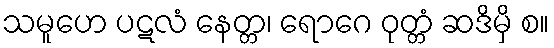
သမူဟေ ပဋလံ နေတ္တ၊ ရောဂေ ဝုတ္တံ ဆဒိမှိ စ။